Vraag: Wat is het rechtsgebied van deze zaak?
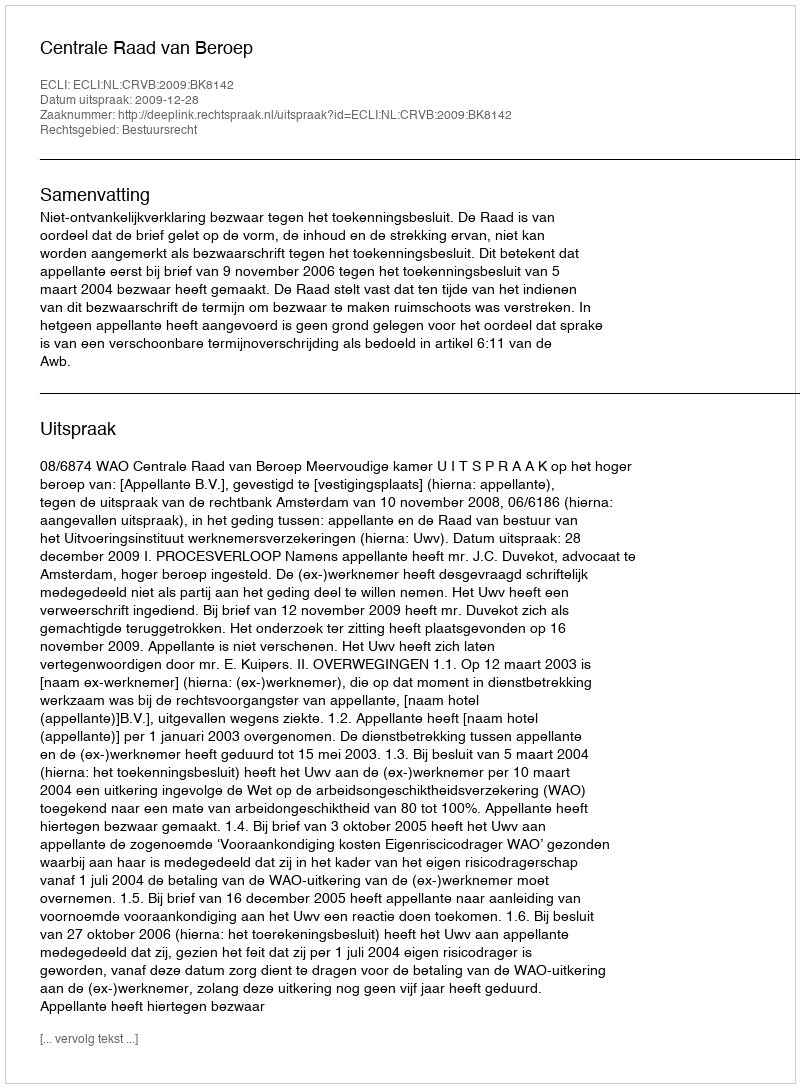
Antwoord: Bestuursrecht